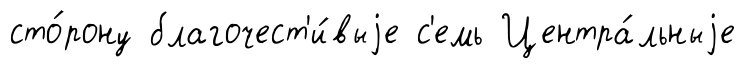
сто́рону благочест'и́выjе с'емь Центра́льныjе